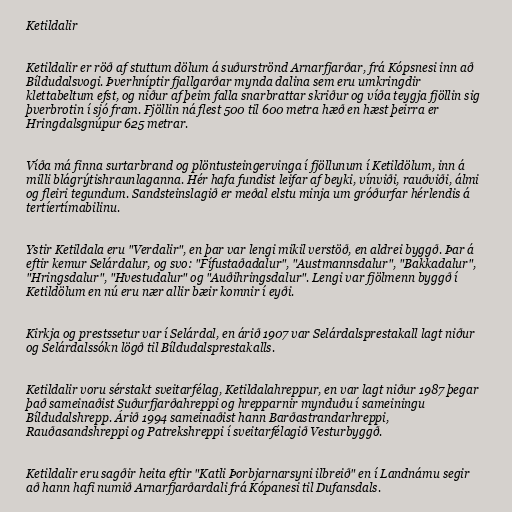
Ketildalir

Ketildalir er röð af stuttum dölum á suðurströnd Arnarfjarðar, frá Kópsnesi inn að
Bíldudalsvogi. Þverhníptir fjallgarðar mynda dalina sem eru umkringdir
klettabeltum efst, og niður af þeim falla snarbrattar skriður og víða teygja fjöllin sig
þverbrotin í sjó fram. Fjöllin ná flest 500 til 600 metra hæð en hæst þeirra er
Hringdalsgnúpur 625 metrar.

Víða má finna surtarbrand og plöntusteingervinga í fjöllunum í Ketildölum, inn á
milli blágrýtishraunlaganna. Hér hafa fundist leifar af beyki, vínviði, rauðviði, álmi
og fleiri tegundum. Sandsteinslagið er meðal elstu minja um gróðurfar hérlendis á
tertíertímabilinu.

Ystir Ketildala eru "Verdalir", en þar var lengi mikil verstöð, en aldrei byggð. Þar á
eftir kemur Selárdalur, og svo: "Fífustaðadalur", "Austmannsdalur", "Bakkadalur",
"Hringsdalur", "Hvestudalur" og "Auðihringsdalur". Lengi var fjölmenn byggð í
Ketildölum en nú eru nær allir bæir komnir í eyði.

Kirkja og prestssetur var í Selárdal, en árið 1907 var Selárdalsprestakall lagt niður
og Selárdalssókn lögð til Bíldudalsprestakalls.

Ketildalir voru sérstakt sveitarfélag, Ketildalahreppur, en var lagt niður 1987 þegar
það sameinaðist Suðurfjarðahreppi og hrepparnir mynduðu í sameiningu
Bíldudalshrepp. Árið 1994 sameinaðist hann Barðastrandarhreppi,
Rauðasandshreppi og Patrekshreppi í sveitarfélagið Vesturbyggð.

Ketildalir eru sagðir heita eftir "Katli Þorbjarnarsyni ilbreið" en í Landnámu segir
að hann hafi numið Arnarfjarðardali frá Kópanesi til Dufansdals.